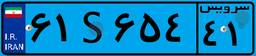
۶۱S۶۵۴۴۱